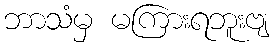
ဘာသံမှ မကြားရဘူးဗျ